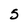
Character: 5